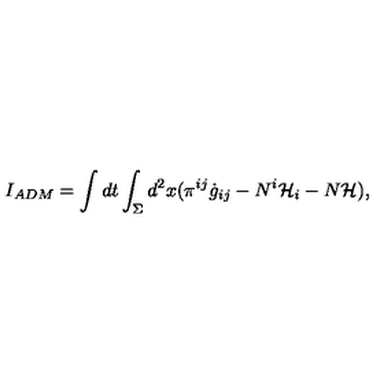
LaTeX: I _ { A D M } = \int d t \int _ { \Sigma } d ^ { 2 } x ( \pi ^ { i j } \dot { g } _ { i j } - N ^ { i } { \cal H } _ { i } - N { \cal H } ) ,